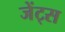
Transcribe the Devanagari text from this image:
जेंट्स